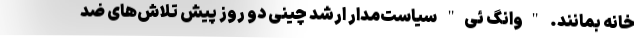
خانه بمانند. "وانگ ئی" سیاست‌‌مدار ارشد چینی دو روز پیش تلاش‌های ضد